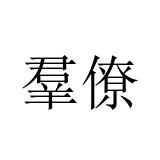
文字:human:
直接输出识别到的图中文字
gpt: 羣僚